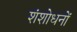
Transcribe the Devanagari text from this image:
शंशोधनों